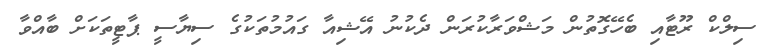
ސިލްކް ރޫޓާއި ބެހޭގޮތުން މަޝްވަރާކުރަން ދެކުނު އޭޝިއާ ގައުމުތަކުގެ ސިޔާސީ ޕާޓީތަކަށް ބާއްވާ